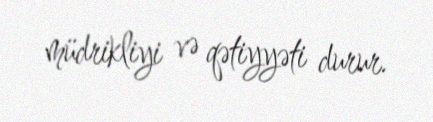
müdrikliyi və qətiyyəti durur.